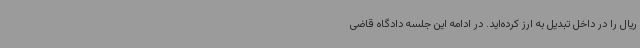
ریال را در داخل تبدیل به ارز کرده‌اید. در ادامه این جلسه دادگاه قاضی